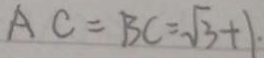
A C = B C = \sqrt { 3 } + 1 \cdot